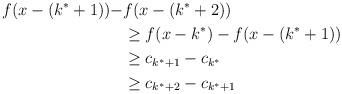
LaTeX: \begin{align*}f(x-(k^*+1))- &f(x-(k^*+2))\\ &\geq f(x-k^*)-f(x-(k^*+1)) \\&\geq c_{k^*+1}-c_{k^*} \\&\geq c_{k^*+2}-c_{k^*+1}\end{align*}